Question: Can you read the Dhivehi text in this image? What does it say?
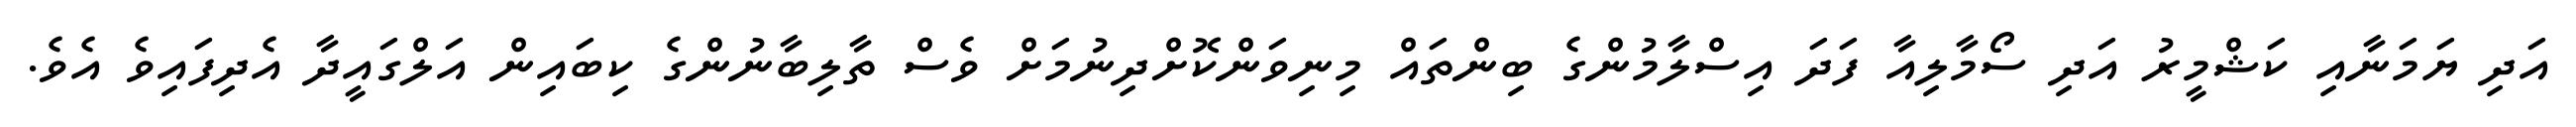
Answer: އަދި ޔަމަނާއި ކަޝްމީރު އަދި ސޯމާލިއާ ފަދަ އިސްލާމުންގެ ބިންތައް މިނިވަންކޮށްދިނުމަށް ވެސް ތާލިބާނުންގެ ކިބައިން އަލްގައީދާ އެދިފައިވެ އެވެ.